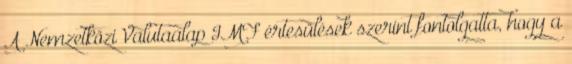
A Nemzetközi Valutaalap IMF értesülések szerint fontolgatta, hogy a